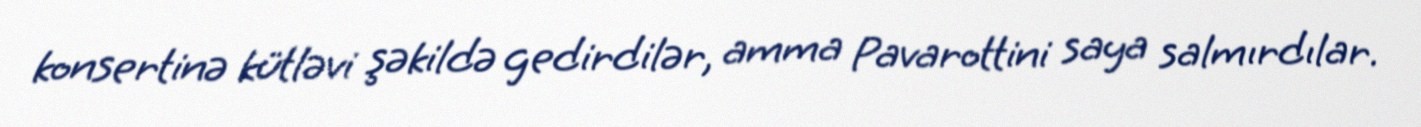
konsertinə kütləvi şəkildə gedirdilər, amma Pavarottini saya salmırdılar.